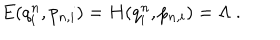
E ( q _ { i } ^ { n } , p _ { n , i } ) = H ( q _ { i } ^ { n } , p _ { n , i } ) = \Lambda \ .